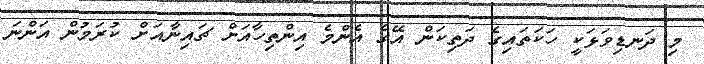
މި ދަނޑިވަޅަކީ ހަކަތައިގެ ދަތިކަން އޭގެ އެންމެ އިންތިހާއަށް ޗައިނާއަށް ކުރަމުން އަންނަ